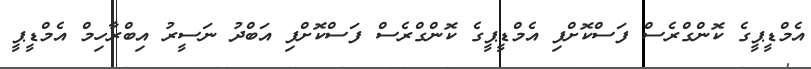
އެމްޑީޕީގެ ކޮންގްރެސް ފަސްކޮށްފި އެމްޑީޕީގެ ކޮންގްރެސް ފަސްކޮށްފި އަބްދު ނަސީރު އިބްރާހިމް އެމްޑީޕީ